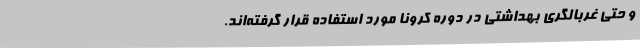
و حتی غربالگری بهداشتی در دوره کرونا مورد استفاده قرار گرفته‌اند.